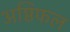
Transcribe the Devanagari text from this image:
अष्ठिफल